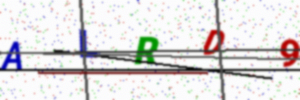
Text: ALRD9